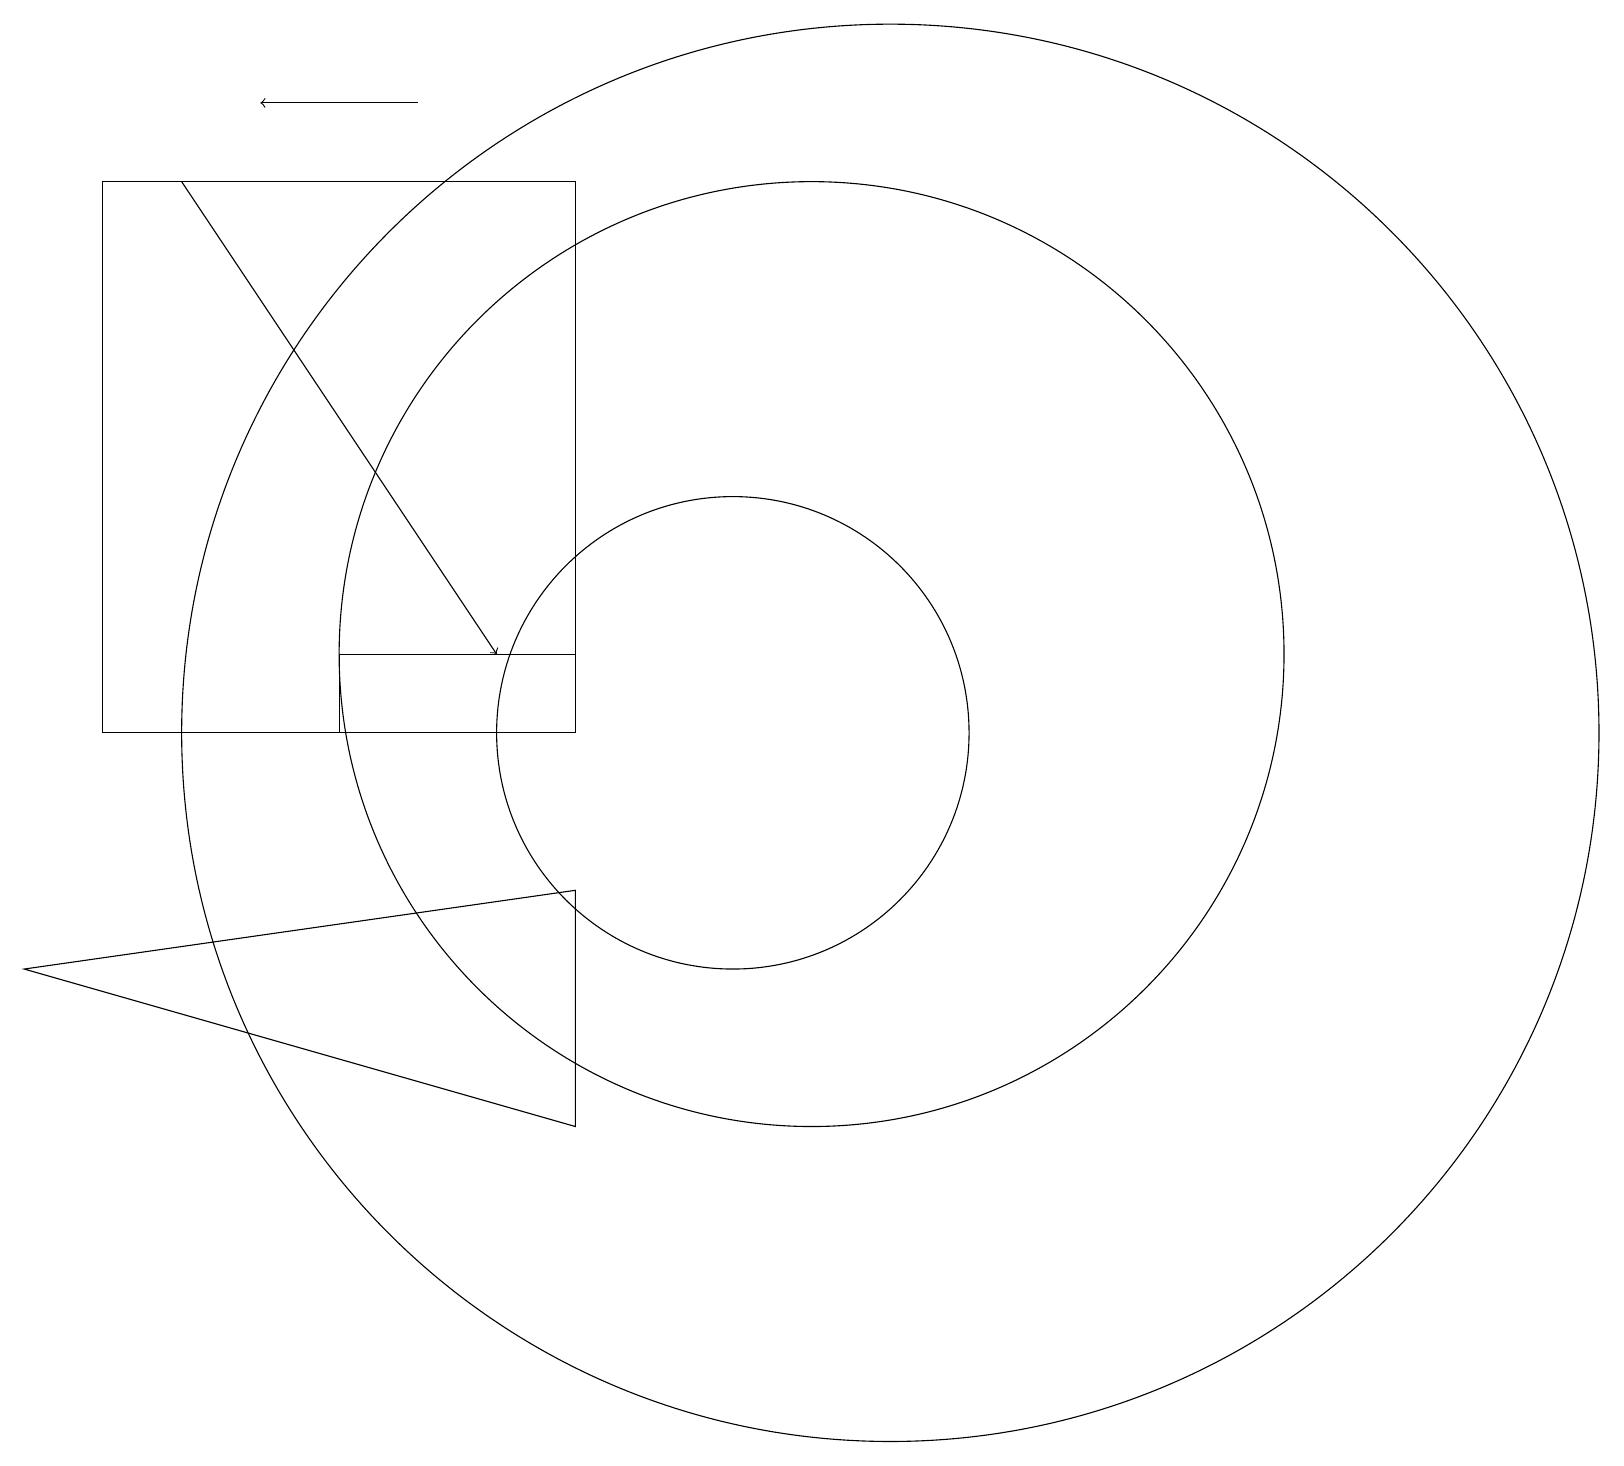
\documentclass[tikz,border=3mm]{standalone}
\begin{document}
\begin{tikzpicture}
\draw (8,8) -- (1,7) -- (8,5) -- cycle;
\draw[->] (3,17) -- (7,11);
\draw (8,10) rectangle (2,17);
\draw (10,10) circle (3);
\draw (5,10) rectangle (8,11);
\draw (12,10) circle (9);
\draw (11,11) circle (6);
\draw[->] (6,18) -- (4,18);
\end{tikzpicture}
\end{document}